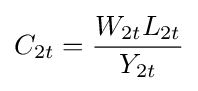
C_{2t}={\frac {W_{2t}L_{2t}}{Y_{2t}}}